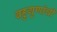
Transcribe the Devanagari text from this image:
बहुगुणांची